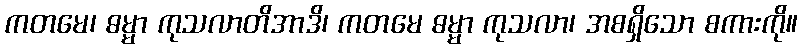
ကတမေ၊ ဓမ္မာ ကုသလာတိအာဒိ၊ ကတမေ ဓမ္မာ ကုသလာ၊ အစရှိသော စကားကို။